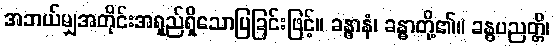
အဘယ်မျှအတိုင်းအရှည်ရှိသောပြခြင်းဖြင့်။ ခန္ဓာနံ၊ ခန္ဓာတို့၏။ ခန္ဓပညတ္တိ၊